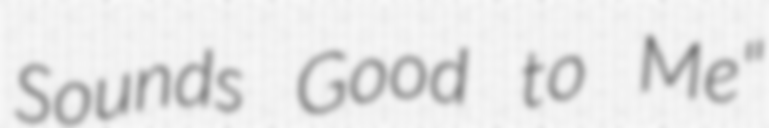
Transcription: Sounds Good to Me"